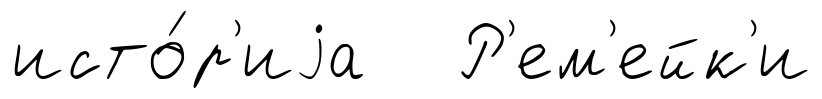
исто́р'иjа Р'ем'ейк'и